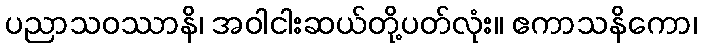
ပညာသဝဿာနိ၊ အဝါငါးဆယ်တို့ပတ်လုံး။ ဧကာသနိကော၊